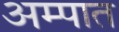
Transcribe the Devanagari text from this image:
अम्पात